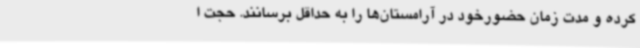
کرده و مدت زمان حضورخود در آرامستان‌ها را به حداقل برسانند. حجت ا